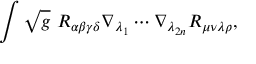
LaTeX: \int \sqrt { g } ~ R _ { \alpha \beta \gamma \delta } \nabla _ { \lambda _ { 1 } } \cdots \nabla _ { \lambda _ { 2 n } } R _ { \mu \nu \lambda \rho } ,